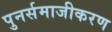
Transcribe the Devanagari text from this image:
पुनर्समाजीकरण